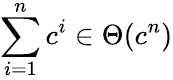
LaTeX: \sum_{i=1}^{n}c^{i}\in\Theta(c^{n})